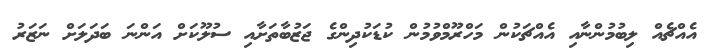
އެއްޗެއް ލިބުމުންނާއި އެއްޗަކުން މަހްރޫމްވުމުން ކުޑަކުދިންގެ ޖަޒުބާތަށާއި ސުލޫކަށް އަންނަ ބަދަލަށް ނަޒަރު